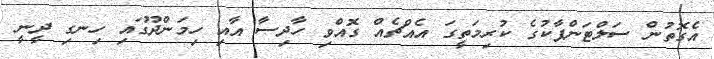
އެގޮތުން ސަލްޓަންޕާކުގެ ކުރިމަތީގަ އެއްޗެއް ގޮއްވި ހާދިސާ އާއި ހިމަންދޫގައި ހިނގި ދީނީ